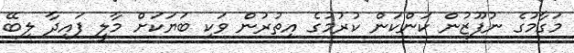
މަގާމުގެ ނުފޫޒުން ކަންކަން ކުރުމުގެ އިތުރުން ވަކި ބަޔަކަށް މާލީ ފައިދާ ލިބޭ